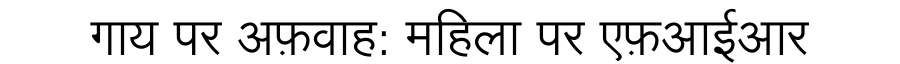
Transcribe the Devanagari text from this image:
गाय पर अफ़वाह: महिला पर एफ़आईआर